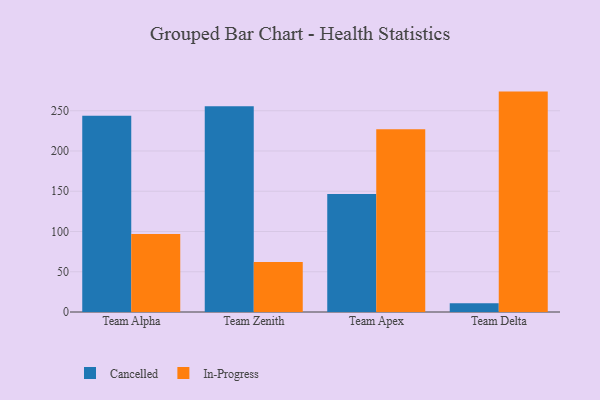
{"axis": {"x": "Team", "y": "Bounce Rate (%)"}, "legend": ["Cancelled", "In-Progress"], "data": [{"x": "Team Alpha", "y": 243.9, "type": "Cancelled"}, {"x": "Team Alpha", "y": 96.8, "type": "In-Progress"}, {"x": "Team Zenith", "y": 255.6, "type": "Cancelled"}, {"x": "Team Zenith", "y": 62.0, "type": "In-Progress"}, {"x": "Team Apex", "y": 146.6, "type": "Cancelled"}, {"x": "Team Apex", "y": 227.1, "type": "In-Progress"}, {"x": "Team Delta", "y": 10.8, "type": "Cancelled"}, {"x": "Team Delta", "y": 273.8, "type": "In-Progress"}]}